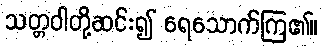
သတ္တဝါတို့ဆင်း၍ ရေသောက်ကြ၏။